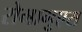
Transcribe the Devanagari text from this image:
रोमागुएरा